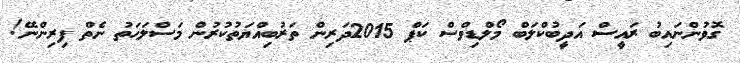
ގޮވުންނައިބު ރައީސް އަދީބުކްލަބް މޯލްޑިވްސް ކަޕް 2015ދަރިން ތަރުބިއްޔަތުކުރުން މަސްލަހަތު ނެތް ފިރިންނޭ!